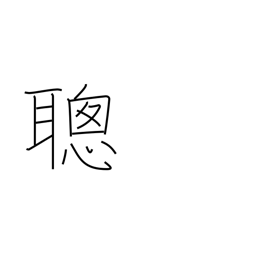
Meaning: fast learner